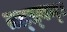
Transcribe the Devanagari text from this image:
तत्त्‍वम्।